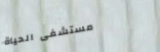
مستشفى الحياة